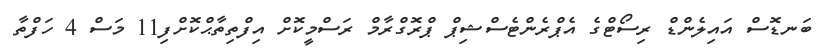
ބަނޑޮސް އައިލެންޑް ރިސޯޓްގެ އެޕްރެންޓެސްޝިޕް ޕްރޮގްރާމް ރަސްމީކޮށް އިފްތިތާޙްކޮށްފި11 މަސް 4 ހަފްތާ